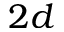
2 d